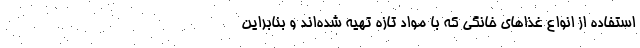
استفاده از انواع غذاهای خانگی که با مواد تازه تهیه شده‌اند و بنابراین